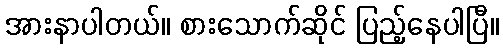
အားနာပါတယ်။ စားသောက်ဆိုင် ပြည့်နေပါပြီ။